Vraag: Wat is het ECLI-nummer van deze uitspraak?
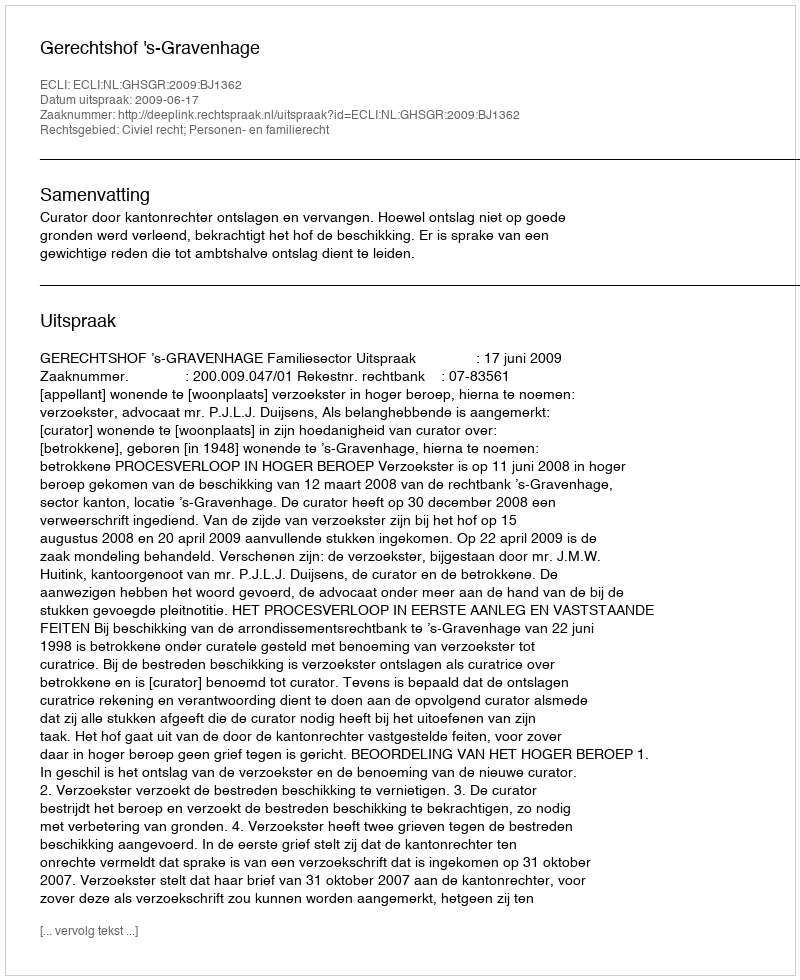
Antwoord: ECLI:NL:GHSGR:2009:BJ1362